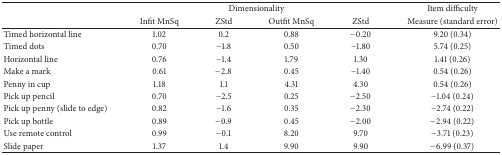
<table><thead><tr><td><b> </b></td><td colspan="4"><b>Dimensionality</b></td><td><b>Item difficulty</b></td></tr><tr><td><b> </b></td><td><b>Infit MnSq</b></td><td><b>ZStd</b></td><td><b>Outfit MnSq</b></td><td><b>ZStd</b></td><td><b>Measure (standard error)</b></td></tr></thead><tbody><tr><td>Timed horizontal line</td><td>1.02</td><td> 0.2</td><td>0.88</td><td>−0.20</td><td>9.20 (0.34)</td></tr><tr><td>Timed dots </td><td>0.70</td><td>−1.8</td><td>0.50</td><td>−1.80</td><td>5.74 (0.25)</td></tr><tr><td>Horizontal line </td><td>0.76</td><td>−1.4</td><td>1.79</td><td>1.30</td><td>1.41 (0.26)</td></tr><tr><td>Make a mark </td><td>0.61</td><td>−2.8</td><td>0.45</td><td>−1.40</td><td>0.54 (0.26)</td></tr><tr><td>Penny in cup </td><td>1.18</td><td> 1.1</td><td>4.31</td><td>4.30</td><td>0.54 (0.26)</td></tr><tr><td>Pick up pencil </td><td>0.70</td><td>−2.5</td><td>0.25</td><td>−2.50</td><td>−1.04 (0.24)</td></tr><tr><td>Pick up penny (slide to edge) </td><td>0.82</td><td>−1.6</td><td>0.35</td><td>−2.30</td><td>−2.74 (0.22)</td></tr><tr><td>Pick up bottle </td><td>0.89</td><td>−0.9</td><td>0.45</td><td>−2.00</td><td>−2.94 (0.22)</td></tr><tr><td>Use remote control </td><td>0.99</td><td>−0.1</td><td>8.20</td><td>9.70</td><td>−3.71 (0.23)</td></tr><tr><td>Slide paper </td><td>1.37</td><td> 1.4</td><td>9.90</td><td>9.90</td><td>−6.99 (0.37)</td></tr></tbody></table>